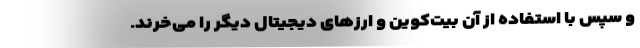
و سپس با استفاده از آن بیت‌کوین و ارزهای دیجیتال دیگر را می‌خرند.